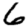
Digit: 6